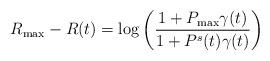
LaTeX: \begin{align*}R_{\max}-R(t)=\log\left(\frac{1+P_{\max}\gamma(t)}{1+P^s(t)\gamma(t)}\right) \end{align*}